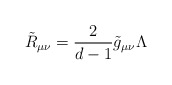
\begin{align*} \tilde R_{\mu\nu} = \frac{2}{d-1}\tilde g_{\mu\nu} \Lambda\end{align*}